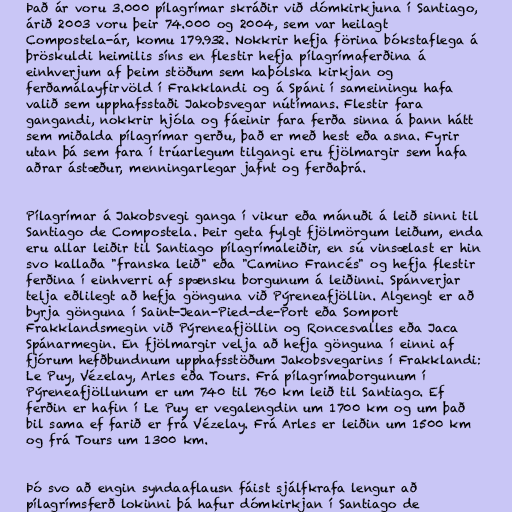
Það ár voru 3.000 pílagrímar skráðir við dómkirkjuna í Santiago,
árið 2003 voru þeir 74.000 og 2004, sem var heilagt
Compostela-ár, komu 179.932. Nokkrir hefja förina bókstaflega á
þröskuldi heimilis síns en flestir hefja pílagrímaferðina á
einhverjum af þeim stöðum sem kaþólska kirkjan og
ferðamálayfirvöld í Frakklandi og á Spáni í sameiningu hafa
valið sem upphafsstaði Jakobsvegar nútímans. Flestir fara
gangandi, nokkrir hjóla og fáeinir fara ferða sinna á þann hátt
sem miðalda pílagrímar gerðu, það er með hest eða asna. Fyrir
utan þá sem fara í trúarlegum tilgangi eru fjölmargir sem hafa
aðrar ástæður, menningarlegar jafnt og ferðaþrá.

Pílagrímar á Jakobsvegi ganga í vikur eða mánuði á leið sinni til
Santiago de Compostela. Þeir geta fylgt fjölmörgum leiðum, enda
eru allar leiðir til Santiago pílagrímaleiðir, en sú vinsælast er hin
svo kallaða "franska leið" eða "Camino Francés" og hefja flestir
ferðina í einhverri af spænsku borgunum á leiðinni. Spánverjar
telja eðlilegt að hefja gönguna við Pýreneafjöllin. Algengt er að
byrja gönguna í Saint-Jean-Pied-de-Port eða Somport
Frakklandsmegin við Pýreneafjöllin og Roncesvalles eða Jaca
Spánarmegin. En fjölmargir velja að hefja gönguna í einni af
fjórum hefðbundnum upphafsstöðum Jakobsvegarins í Frakklandi:
Le Puy, Vézelay, Arles eða Tours. Frá pílagrímaborgunum í
Pýreneafjöllunum er um 740 til 760 km leið til Santiago. Ef
ferðin er hafin í Le Puy er vegalengdin um 1700 km og um það
bil sama ef farið er frá Vézelay. Frá Arles er leiðin um 1500 km
og frá Tours um 1300 km.

Þó svo að engin syndaaflausn fáist sjálfkrafa lengur að
pílagrímsferð lokinni þá hafur dómkirkjan í Santiago de